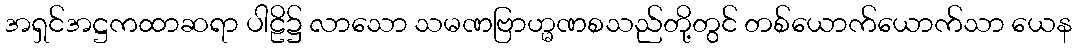
အရှင်အဋ္ဌကထာဆရာ ပါဠိ၌ လာသော သမဏဗြာဟ္မဏစသည်တို့တွင် တစ်ယောက်ယောက်သာ ယေန